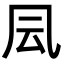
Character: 凨